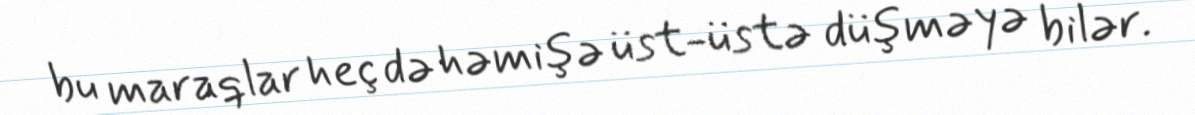
bu maraqlar heç də həmişə üst-üstə düşməyə bilər.